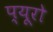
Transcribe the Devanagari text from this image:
प्यूरो